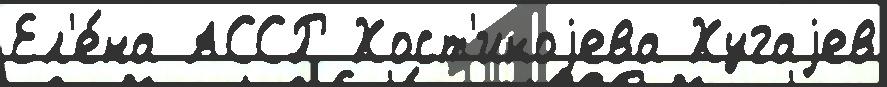
Ел'е́на АССР Хост'икоjева Хугаjев